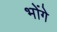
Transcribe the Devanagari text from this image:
भोंगे